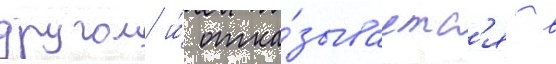
другом и́ отка́зываетс'я в